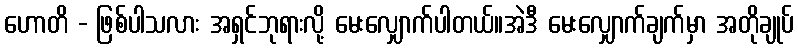
ဟောတိ - ဖြစ်ပါသလား အရှင်ဘုရားလို့ မေးလျှောက်ပါတယ်။အဲဒီ မေးလျှောက်ချက်မှာ အတိုချုပ်